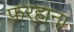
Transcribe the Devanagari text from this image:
फ़रहाना